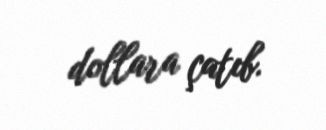
dollara çatıb.